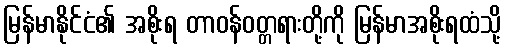
မြန်မာနိုင်ငံ၏ အစိုးရ တာဝန်ဝတ္တရားတို့ကို မြန်မာအစိုးရထံသို့